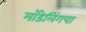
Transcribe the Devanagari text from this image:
मॉडेलिंगचा